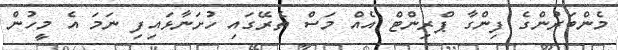
މެންބަރުންގެ ފިންގާ ޕްރިންޓް އެއް މަސް ތެރޭގައި ހުށަނާޅައިފި ނަމަ އެ މީހުން